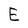
Character: E